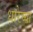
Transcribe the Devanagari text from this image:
धारेच्या